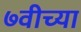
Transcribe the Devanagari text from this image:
७वीच्या